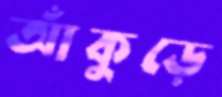
আঁকুড়ে